Civil Veterinary Department. Madras. Admin. report 1926-33 - 1926-1933
Year: 1926
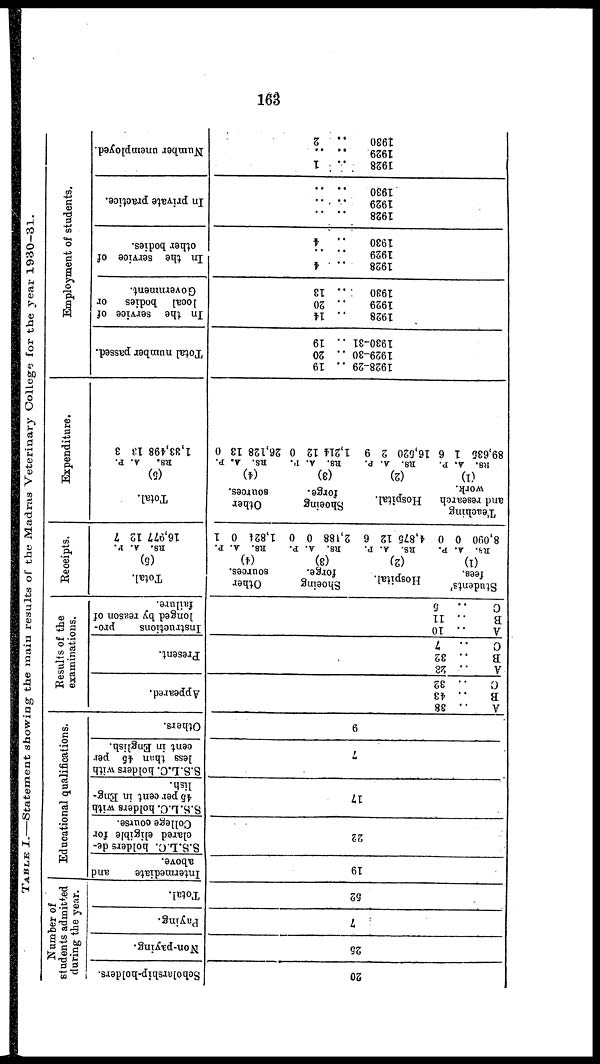
163
TABLE I—Statement showing the main results of the Madras Veterinary College for the year 1930—31.
A
.. 38
B
.. 43
C
.. 32
A
.. 28
B
.. 32
C
.. 7
A
.. 10
B
.. 11
C
.. 5
Students'
fees.
(1)
RS. A. P.
8,090 0 0
Teaching
and research
work.
(1)
RS. A. P.
89,635 1 6
20
25
7
52
19
22
17
7
9
Hospital.
(2)
RS. A. P.
4,875 12 6
Hospital.
(2)
R8. A. P.
16,520 2 9
1928-29
1929-30
1930-31
1928
1929
1930
1928
1930
1928
1929
1930
1928
1929
1930
Shoeing
forge.
(3)
RS.
A. P.
2,188 0 0
Shoeing
forge.
(3)
RS. A. P.
1,214 12 0
.. 19
.. 20
.. 19
.. 14
.. 20
.. 13
..
4
..
4
.. ..
.. ..
..
1
.. ..
..
2
Other
sources.
(4)
R8.
A. P.
1,824 0 1
Other
sources.
(4)
RS. A. P.
26,128 13 0
Scholarship-holders.
Non-paying.
Paying.
Total.
Intermediate
and
above.
S.S.L.C. holders de-
clared eligible for
College course.
S.S.L.C. holders with
45 per cent in Eng-
lish.
S.S.L.C. holders with
less than 45 per
cent in English.
Others.
Appeared.
Present.
Instructions
pro-
longed by reason of
failure.
Total.
(5)
RS. A. P.
16,977 12 7
Total.
(5)
RS.
A. P.
1,33,498 13 3
Total number passed.
In the service of
local
bodies or
Government.
In the service of
other bodies.
In private practice.
Number unemployed.
Number
of
students asmitted
during the year.
Educational
qualifications.
Results of the
examinations.
Receipts.
Expenditure.
Employment of students.